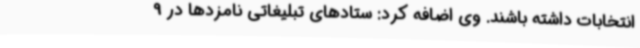
انتخابات داشته باشند. وی اضافه کرد: ستادهای تبلیغاتی نامزدها در 9